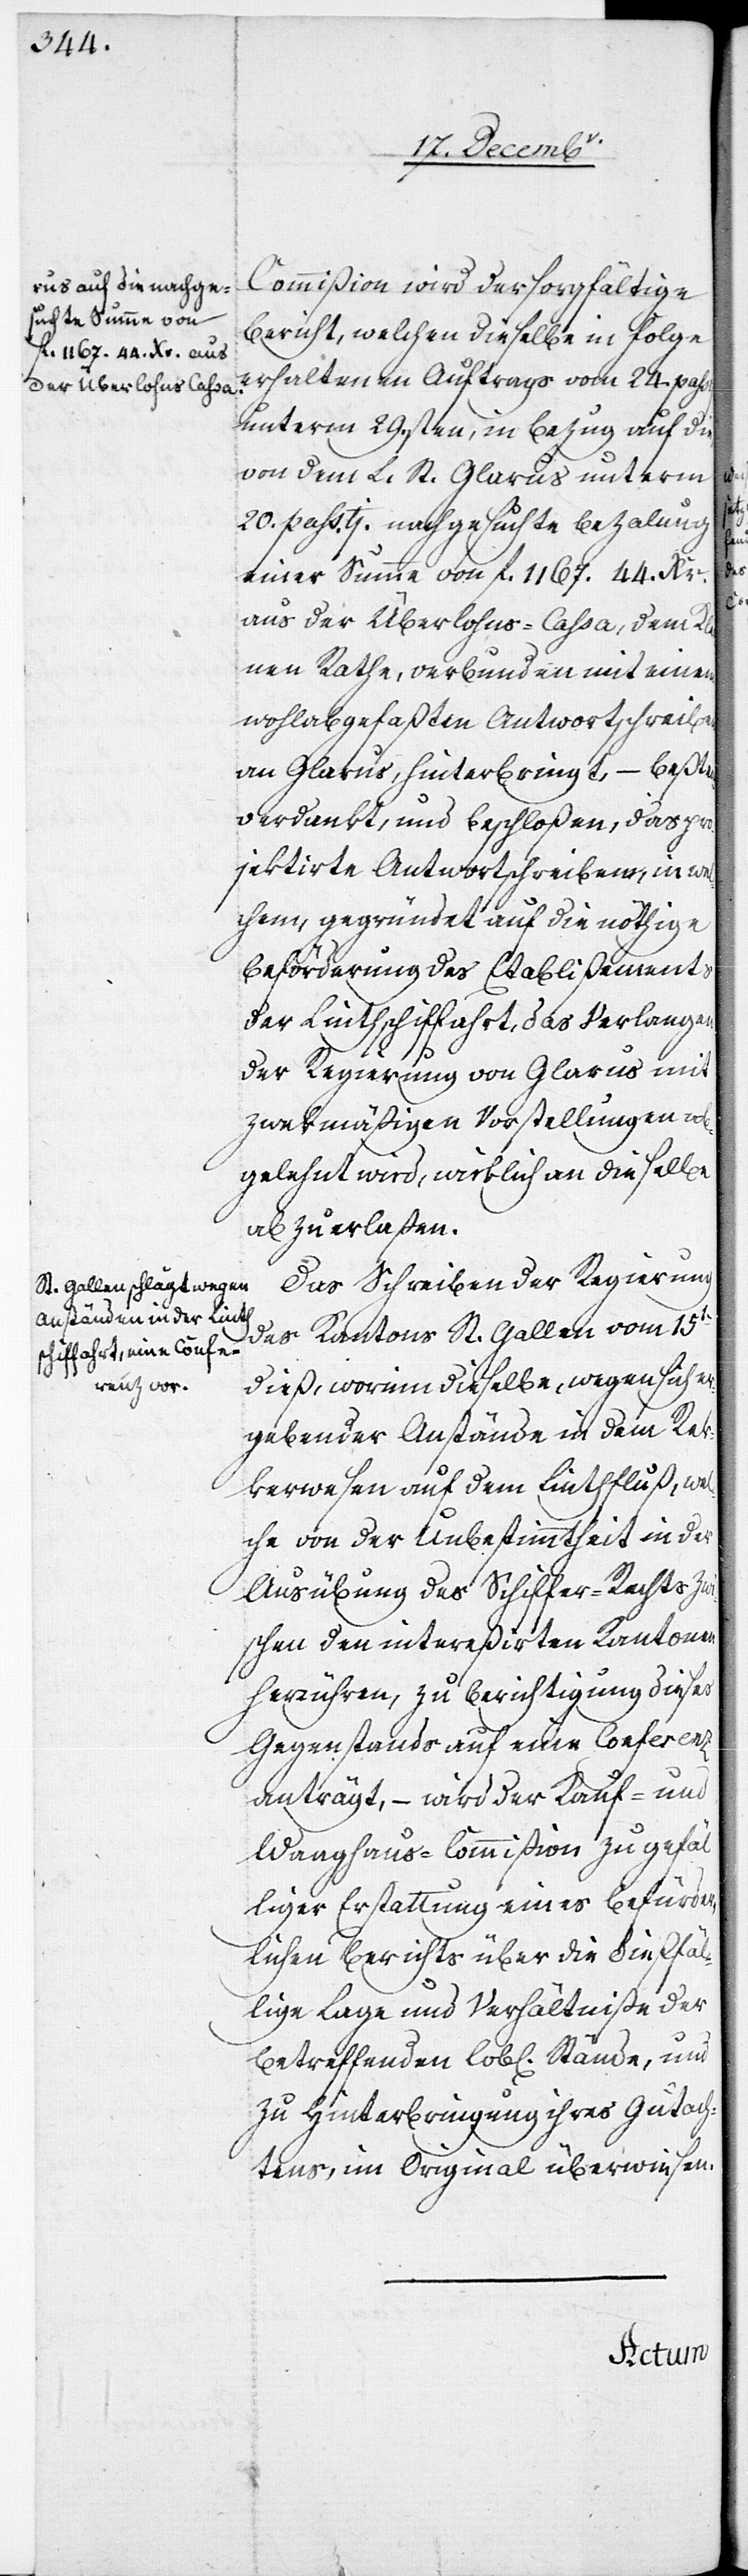
Commißion wird der sorgfältige
Bericht, welchen dieselbe in Folge
erhaltenen Auftrags vom 24. pas¬
unterm 29sten, in Bezug auf die
von dem L. St. Glarus unterm
20. passti nachgesuchte Bezalung
einer Summe von f. 1167. 44. Xr.
aus der Überlohns-Cassa, dem Kle¬
inen Rathe, verbunden mit einem
wohlabgefaßten Antwortschreiben
an Glarus, hinterbringt, – beßtens
verdankt, und beschloßen, das pro¬
jektirte Antwortschreiben, in wel¬
chem, gegründet auf die nöthige
Beförderung des Etablißements
der Linthschiffahrt, das Verlangen
der Regierung von Glarus mit
zwekmäßigen Vorstellungen ab¬
gelehnt wird, wirklich an dieselbe
abzuerlaßen.
Das Schreiben der Regierung
des Kantons St. Gallen vom 15ten
dieß, worinn dieselbe, wegen sich er¬
gebender Anstände in dem Re¬
kerwesen auf dem Linthfluß, wel¬
che von der Unbestimmtheit in der
Ausübung des Schiffer-Rechts zw¬
ischen den intereßirten Kantonen
herrühren, zu Berichtigung dieses
Gegenstands auf eine Conferenz
anträgt, – wird der Kauf- und
Waaghaus-Commißion zu gefäl¬
liger Erstattung eines befürder¬
lichen Berichts über die dießfäl¬
lige Lage und Verhältniße der
betreffenden Lobl[ichen] Stände, und
zu Hinterbringung ihres Gutach¬
tens, im Original überwiesen.
sati